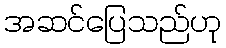
အဆင်ပြေသည်ဟု